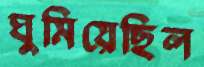
ঘুমিয়েছিল